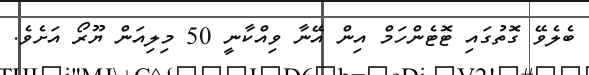
ބެލެވޭ ގޮތުގައި ޓޮޓެންހަމް އިން އޭނާ ވިއްކާނީ 50 މިލިއަން ޔޫރޯ އަށެވެ.